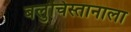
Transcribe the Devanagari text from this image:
बलुचिस्तानाला